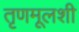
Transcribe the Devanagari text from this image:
तृणमूलशी